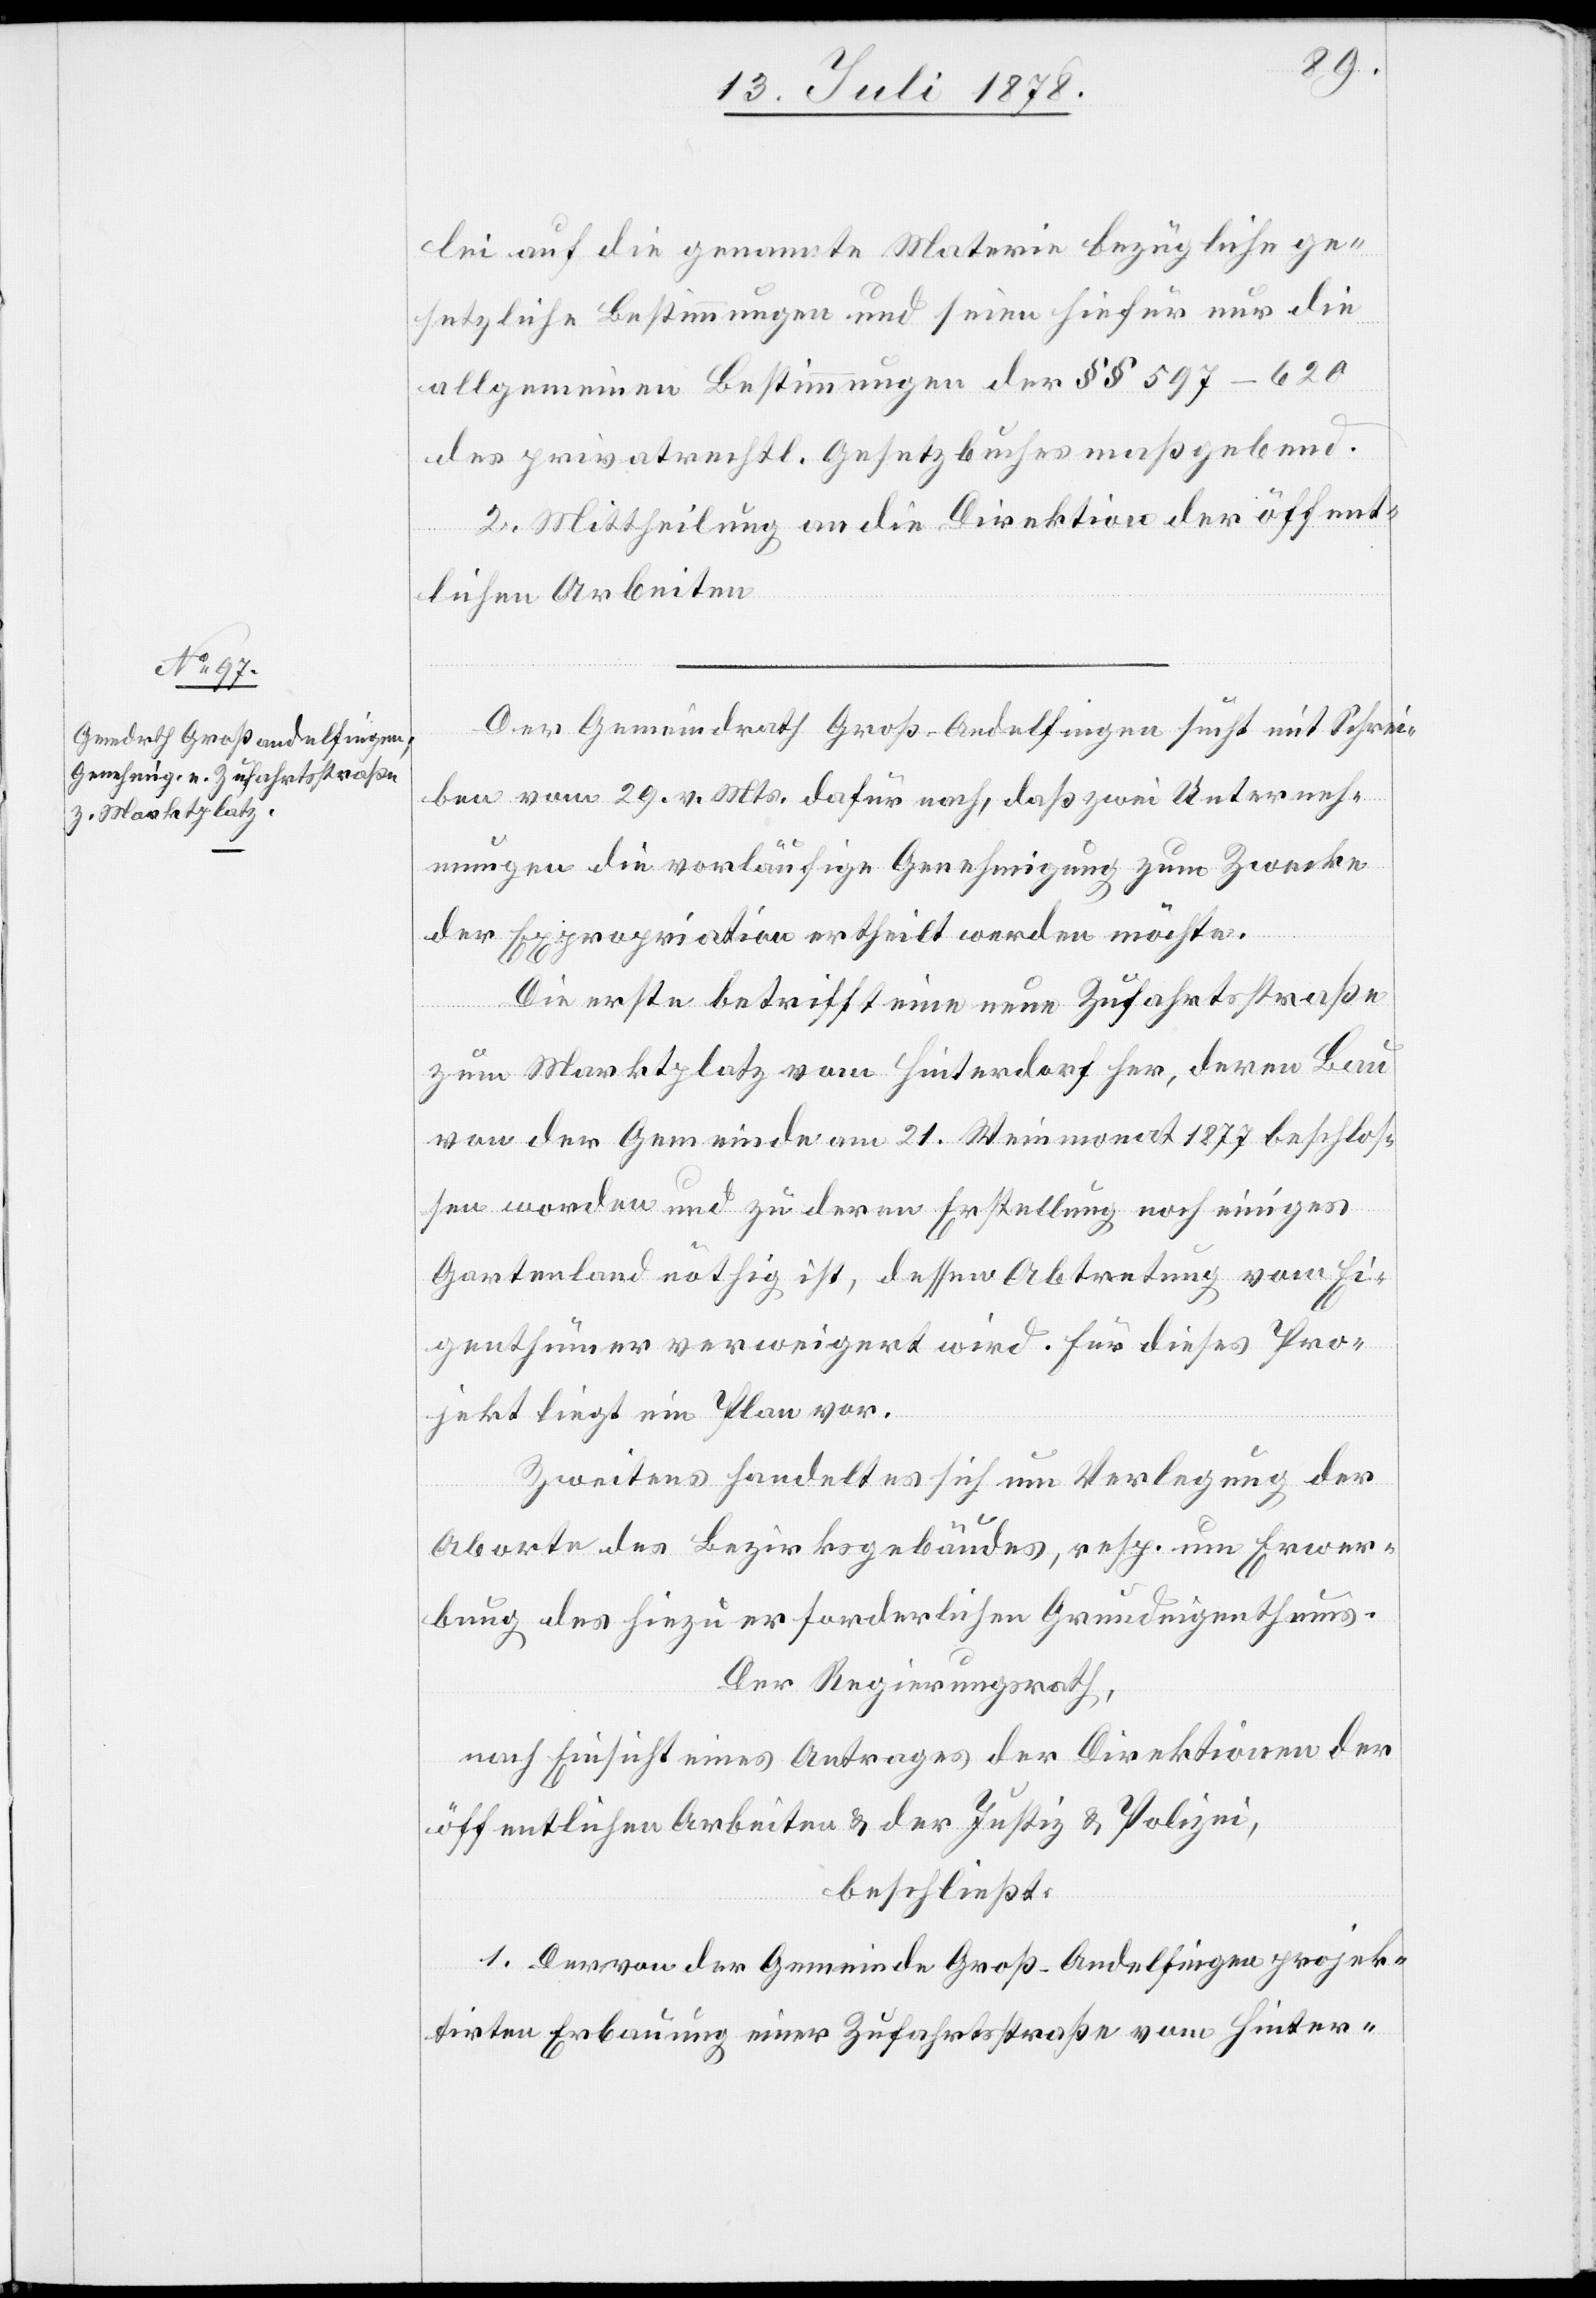
lei auf die genannte Materie bezügliche ge¬
setzliche Bestimmungen und seien hiefür nur die
allgemeinen Bestimmungen der §§ 597–620
des privatrechtl. Gesetzbuches maßgebend.
2. Mittheilung an die Direktion der öffent¬
lichen Arbeiten.
Der Gemeindrath Groß-Andelfingen sucht mit Schrei¬
ben vom 29. v. Mts. dafür nach, daß zwei Unterneh¬
mungen die vorläufige Genehmigung zum Zwecke
der Expropriation ertheilt werden möchte.
Die erste betrifft eine neue Zufahrtsstraße
zum Marktplatz vom Hinterdorf her, deren Bau
von der Gemeinde am 21. Weinmonat 1877 beschlos¬
sen worden und zu deren Erstellung noch einiges
Gartenland nöthig ist, dessen Abtretung vom Ei¬
genthümer verweigert wird. Für dieses Pro¬
jekt liegt ein Plan vor.
Zweitens handelt es sich um Verlegung der
Abort des Bezirksgebäudes, resp. um Erwer¬
bung des hiezu erforderlichen Grundeigenthums.
Der Regierungsrath,
nach Einsicht eines Antrages der Direktionen der
öffentlichen Arbeiten & der Justiz & Polizei,
beschließt:
1. Der von der Gemeinde Groß-Andelfingen projek¬
tirten Erbauung einer Zufahrtsstraße vom Hinter-